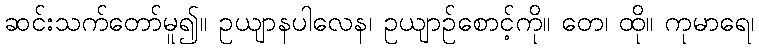
ဆင်းသက်တော်မူ၍။ ဥယျာနပါလေန၊ ဥယျာဉ်စောင့်ကို။ တေ၊ ထို။ ကုမာရေ၊